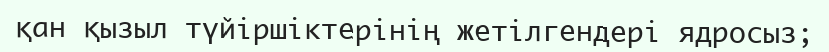
қан қызыл түйіршіктерінің жетілгендері ядросыз;